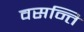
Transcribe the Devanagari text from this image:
वसन्ति